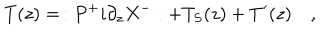
T ( z ) = \, : P ^ { + } i \partial _ { z } X ^ { - } : + T _ { S } ( z ) + T ^ { \prime } ( z ) \quad ,